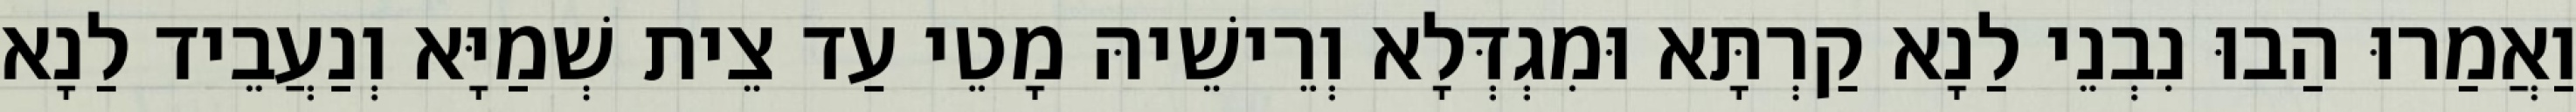
וַאֲמַרוּ הַבוּ נִבְנֵי לַנָא קַרְתָּא וּמִגְדְּלָא וְרֵישֵׁיהּ מָטֵי עַד צֵית שְׁמַיָּא וְנַעֲבֵיד לַנָא